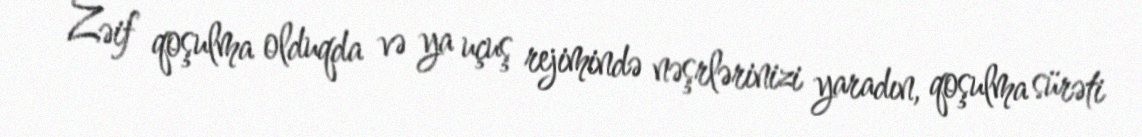
Zəif qoşulma olduqda və ya uçuş rejimində nəşrlərinizi yaradın, qoşulma sürəti